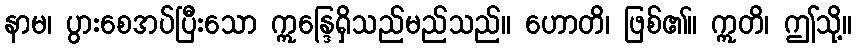
နာမ၊ ပွားစေအပ်ပြီးသော ဣန္ဒြေရှိသည်မည်သည်။ ဟောတိ၊ ဖြစ်၏။ ဣတိ၊ ဤသို့။